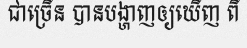
ជាច្រើន បានបង្ហាញឲ្យឃើញ ពី